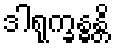
ဒါရုက္ခန္ဓန္တိ